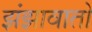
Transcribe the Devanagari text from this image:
झंझावातो